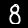
Digit: 8